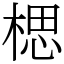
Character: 楒